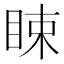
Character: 䀳